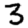
Digit: 3